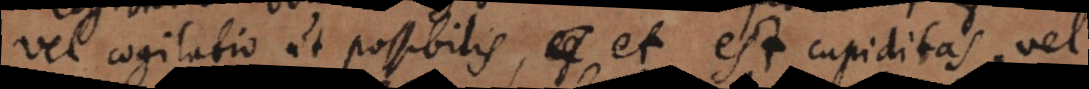
vel cogitatio ut possibilis, et est cupiditas, vel